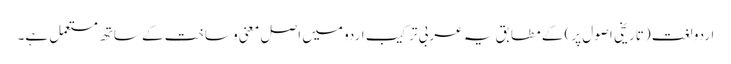
اردو لغت (تاریخی اصول پر) کے مطابق یہ عربی ترکیب اردو میں اصل معنی و ساخت کے ساتھ مستعمل ہے۔